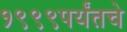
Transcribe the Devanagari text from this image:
१९९९पर्यंतचे